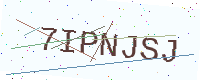
Text: 7IPNJSJ